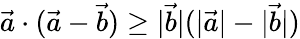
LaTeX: \vec{a}\cdot(\vec{a}-\vec{b})\geq|\vec{b}|(|\vec{a}|-|\vec{b}|)